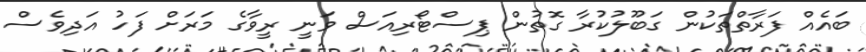
ބައެއް ފަރާތްތަކުން ގަބޫލުކުރާ ގޮތުން ޕިސްޓޯރިއަސް ވަނީ ރީވާގެ މަރަށް ފަހު އަދިވެސް